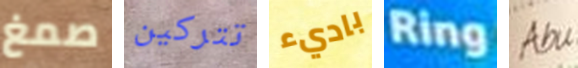
صمغ تتركين باديء Ring Abu